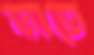
ভাতে